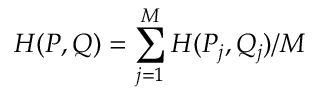
H ( P , Q ) = \sum _ { j = 1 } ^ { M } H ( P _ { j } , Q _ { j } ) / M